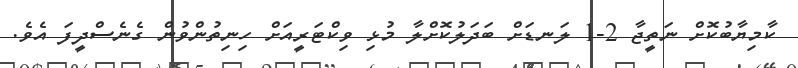
ކާމިޔާބުކޮށް ނަތީޖާ 2-1 ލަނޑަށް ބަދަލުކޮށްލާ މުޅި ވިކްޓަރީއަށް ހިނިތުންވުން ގެނެސްދީފަ އެވެ.